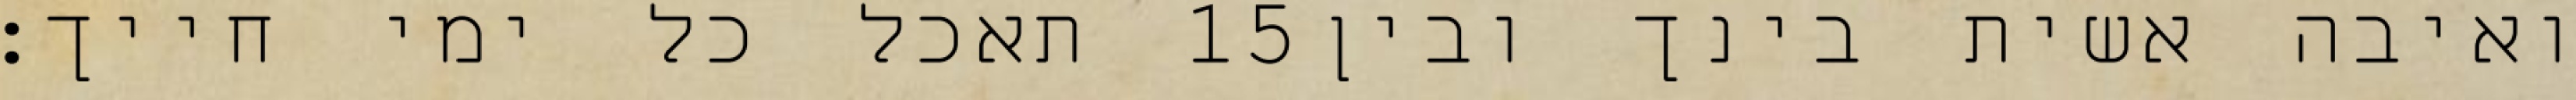
תאכל כל ימי חייך׃ ‎15‏ ואיבה אשית בינך ובין